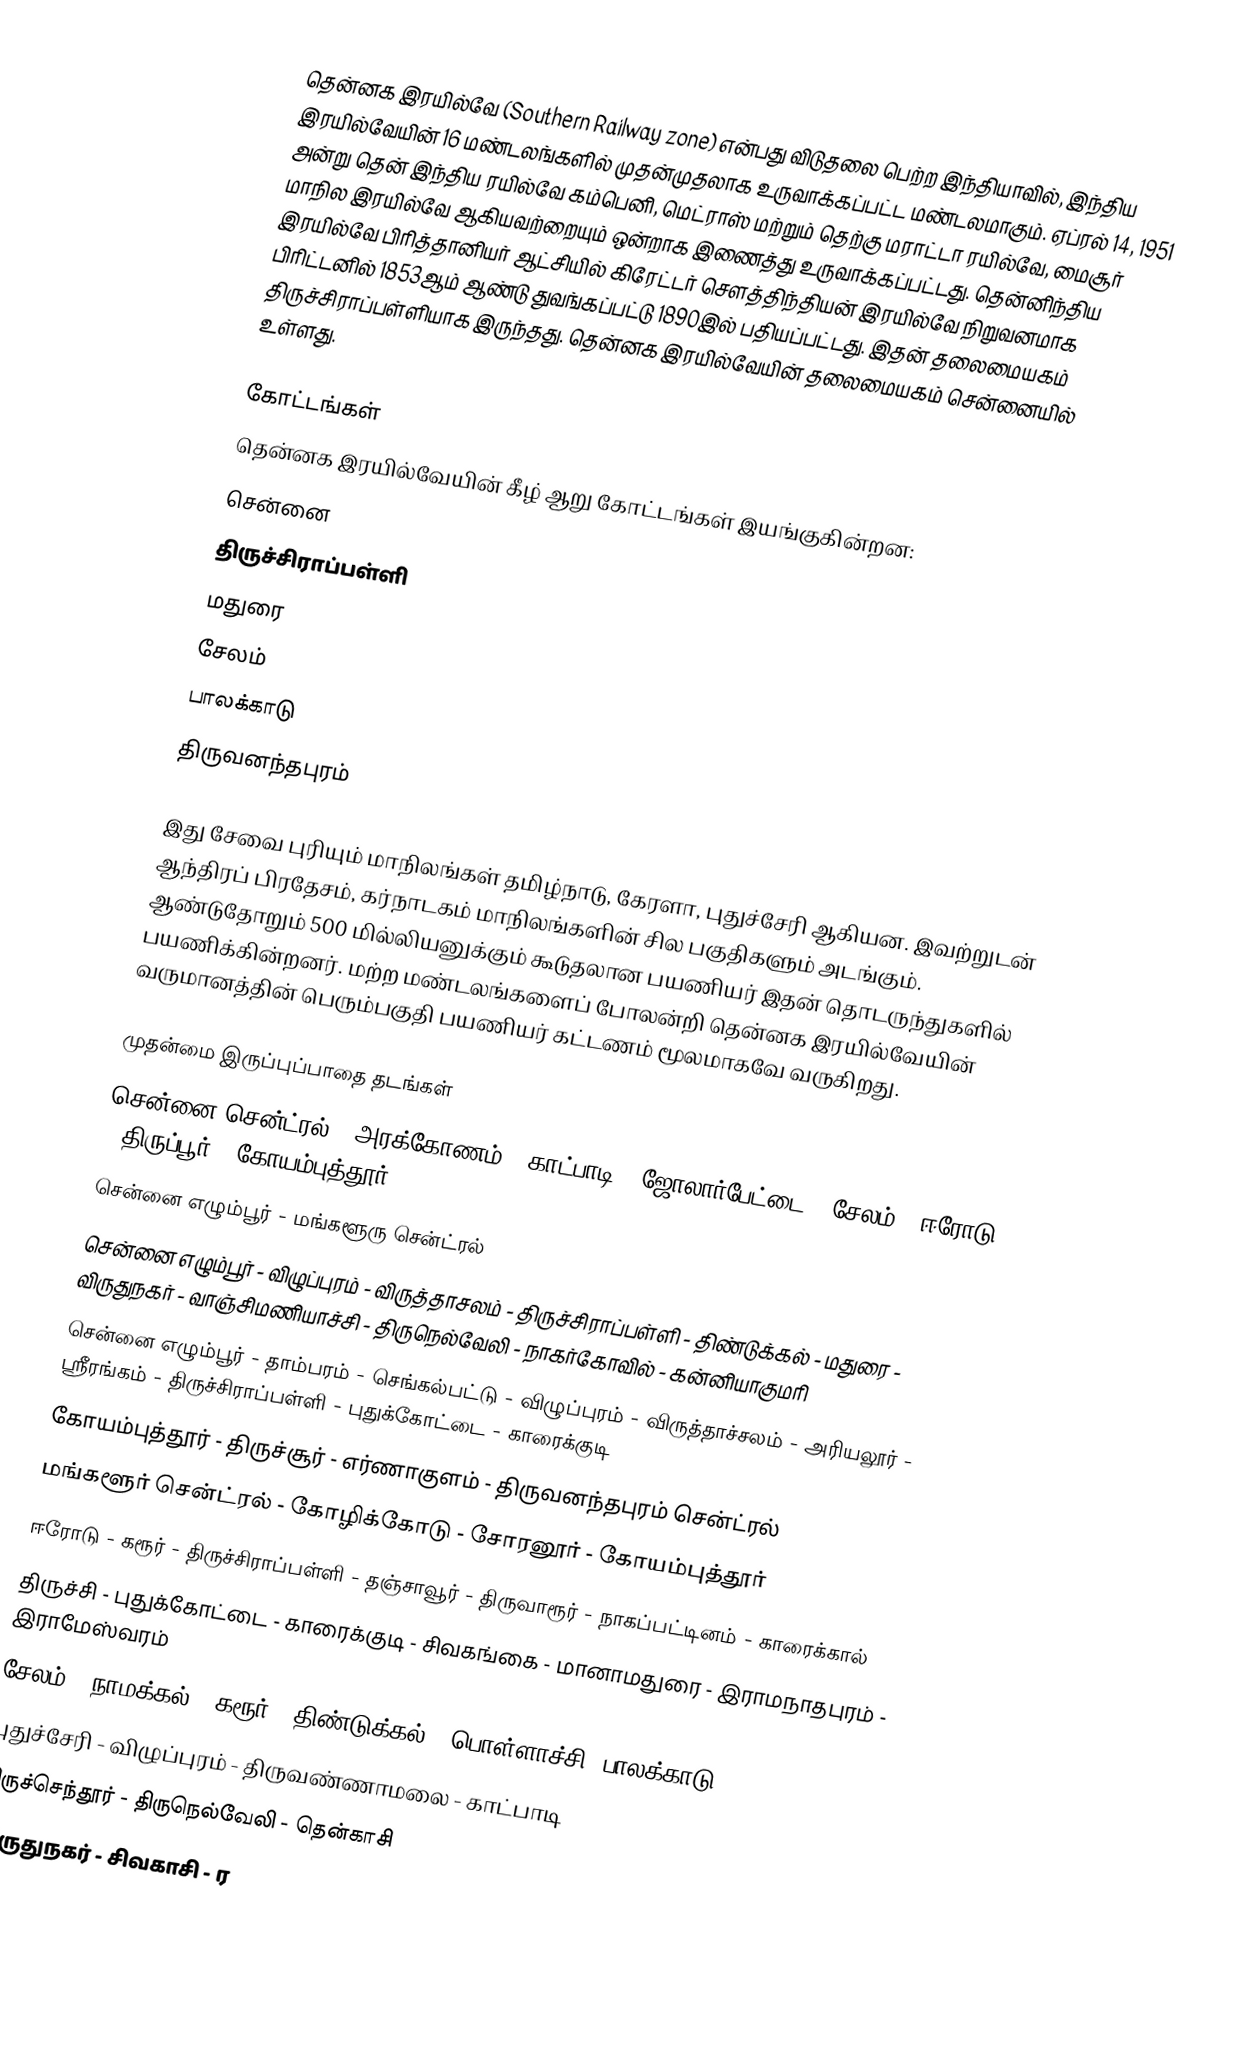
தென்னக இரயில்வே (Southern Railway zone) என்பது விடுதலை பெற்ற இந்தியாவில், இந்திய இரயில்வேயின் 16 மண்டலங்களில் முதன்முதலாக உருவாக்கப்பட்ட மண்டலமாகும். ஏப்ரல் 14, 1951 அன்று தென் இந்திய ரயில்வே கம்பெனி, மெட்ராஸ் மற்றும் தெற்கு மராட்டா ரயில்வே, மைசூர் மாநில இரயில்வே ஆகியவற்றையும் ஒன்றாக இணைத்து உருவாக்கப்பட்டது. தென்னிந்திய இரயில்வே பிரித்தானியர் ஆட்சியில் கிரேட்டர் சௌத்திந்தியன் இரயில்வே நிறுவனமாக பிரிட்டனில் 1853ஆம் ஆண்டு துவங்கப்பட்டு 1890இல் பதியப்பட்டது. இதன் தலைமையகம் திருச்சிராப்பள்ளியாக இருந்தது. தென்னக இரயில்வேயின் தலைமையகம் சென்னையில் உள்ளது.

கோட்டங்கள்
தென்னக இரயில்வேயின் கீழ் ஆறு கோட்டங்கள் இயங்குகின்றன:
 சென்னை
 திருச்சிராப்பள்ளி
 மதுரை
 சேலம்
 பாலக்காடு
 திருவனந்தபுரம்

இது சேவை புரியும் மாநிலங்கள் தமிழ்நாடு, கேரளா, புதுச்சேரி ஆகியன. இவற்றுடன் ஆந்திரப் பிரதேசம், கர்நாடகம் மாநிலங்களின் சில பகுதிகளும் அடங்கும். ஆண்டுதோறும் 500 மில்லியனுக்கும் கூடுதலான பயணியர் இதன் தொடருந்துகளில் பயணிக்கின்றனர். மற்ற மண்டலங்களைப் போலன்றி தென்னக இரயில்வேயின் வருமானத்தின் பெரும்பகுதி பயணியர் கட்டணம் மூலமாகவே வருகிறது.

முதன்மை இருப்புப்பாதை தடங்கள்
 சென்னை சென்ட்ரல் - அரக்கோணம் - காட்பாடி - ஜோலார்பேட்டை - சேலம்  - ஈரோடு - திருப்பூர் - கோயம்புத்தூர்
 சென்னை எழும்பூர் - மங்களூரு சென்ட்ரல்
 சென்னை எழும்பூர் - விழுப்புரம் - விருத்தாசலம் - திருச்சிராப்பள்ளி - திண்டுக்கல் - மதுரை - விருதுநகர் - வாஞ்சிமணியாச்சி - திருநெல்வேலி - நாகர்கோவில் - கன்னியாகுமரி
 சென்னை எழும்பூர் - தாம்பரம் - செங்கல்பட்டு - விழுப்புரம் - விருத்தாச்சலம் - அரியலூர் - ஸ்ரீரங்கம் - திருச்சிராப்பள்ளி - புதுக்கோட்டை - காரைக்குடி
 கோயம்புத்தூர் - திருச்சூர் - எர்ணாகுளம் - திருவனந்தபுரம் சென்ட்ரல்
 மங்களூர் சென்ட்ரல் - கோழிக்கோடு - சோரனூர் - கோயம்புத்தூர்
 ஈரோடு - கரூர் - திருச்சிராப்பள்ளி - தஞ்சாவூர் - திருவாரூர் - நாகப்பட்டினம் - காரைக்கால்
 திருச்சி - புதுக்கோட்டை - காரைக்குடி - சிவகங்கை - மானாமதுரை - இராமநாதபுரம் - இராமேஸ்வரம்
 சேலம் - நாமக்கல் - கரூர் - திண்டுக்கல் - பொள்ளாச்சி -பாலக்காடு
 புதுச்சேரி - விழுப்புரம் - திருவண்ணாமலை - காட்பாடி
 திருச்செந்தூர் - திருநெல்வேலி - தென்காசி
 விருதுநகர் - சிவகாசி - ர